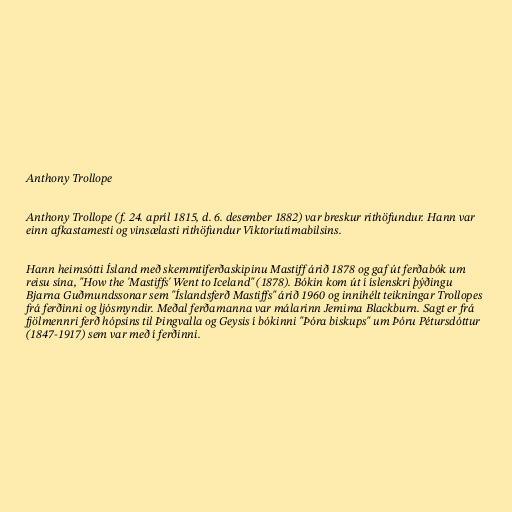
Anthony Trollope

Anthony Trollope (f. 24. apríl 1815, d. 6. desember 1882) var breskur rithöfundur. Hann var
einn afkastamesti og vinsælasti rithöfundur Viktoríutímabilsins.

Hann heimsótti Ísland með skemmtiferðaskipinu Mastiff árið 1878 og gaf út ferðabók um
reisu sína, "How the 'Mastiffs' Went to Iceland" (1878). Bókin kom út í íslenskri þýðingu
Bjarna Guðmundssonar sem "Íslandsferð Mastiffs" árið 1960 og innihélt teikningar Trollopes
frá ferðinni og ljósmyndir. Meðal ferðamanna var málarinn Jemima Blackburn. Sagt er frá
fjölmennri ferð hópsins til Þingvalla og Geysis í bókinni "Þóra biskups" um Þóru Pétursdóttur
(1847-1917) sem var með í ferðinni.